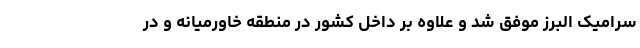
سرامیک البرز موفق شد و علاوه بر داخل کشور در منطقه خاورمیانه و در